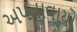
અપનાવાયો